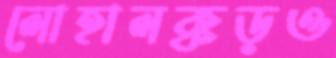
লোহালক্কড়ও